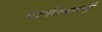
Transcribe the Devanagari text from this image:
पार्श्वनाथानांही